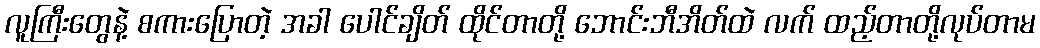
လူကြီးတွေနဲ့ စကားပြောတဲ့ အခါ ပေါင်ချိတ် ထိုင်တာတို့ ဘောင်းဘီအိတ်ထဲ လက် ထည့်တာတို့လုပ်တာမ